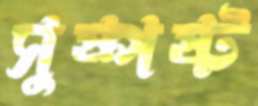
সুষ্পষ্ট